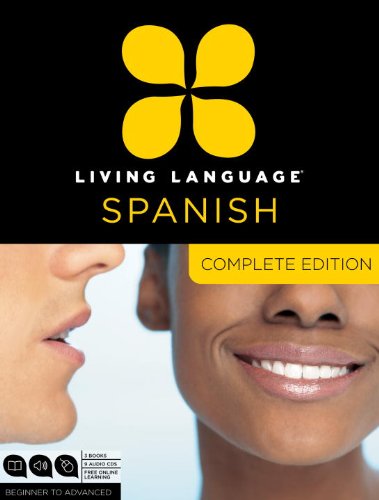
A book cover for Living Language Spanish, Complete Edition: Beginner through advanced course, including 3 coursebooks, 9 audio CDs, and free online learning; Living Language; Education & Teaching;